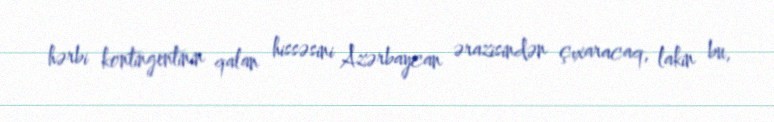
hərbi kontingentinin qalan hissəsini Azərbaycan ərazisindən çıxaracaq, lakin bu,